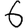
Digit: 6